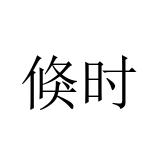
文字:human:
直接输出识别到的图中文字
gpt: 倏时